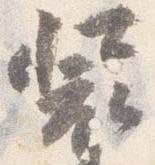
装